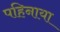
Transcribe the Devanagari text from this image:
पहिनाया